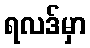
ရလဒ်မှာ